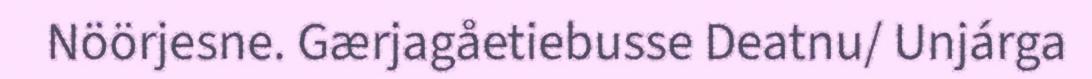
Nöörjesne. Gærjagåetiebusse Deatnu/ Unjárga